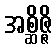
အစ္ဆိဇ္ဇိ